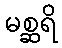
မစ္ဆရိ